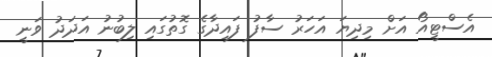
އެސްޓީއޯ އަށް މިދިޔަ އަހަރު ސާފު ފައިދާގެ ގޮތުގައި ލިބުނު އަދަދު ވަނީ